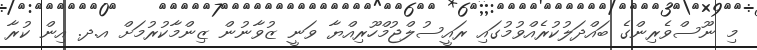
މި ނޫސްވެރިންގެ ބައްދަލުކުރެއްވުމުގައި ރައީސުލްޖުމްހޫރިއްޔާ ވަނީ ޒުވާނުން ޒިންމާކުރުމަށް އ.ދ. އިން ކުރާ